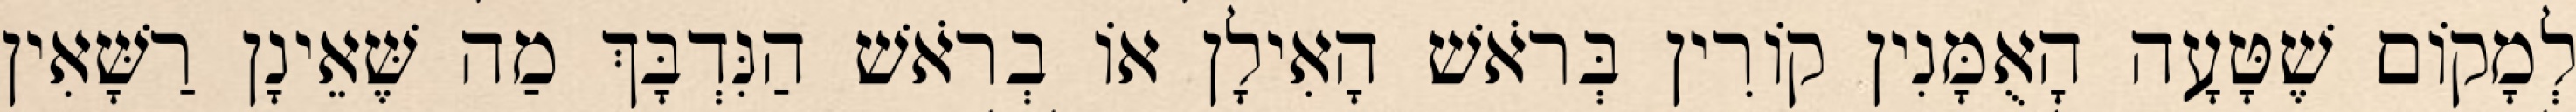
לְמָקוֹם שֶׁטָּעָה הָאֻמָּנִין קוֹרִין בְּרֹאשׁ הָאִילָן אוֹ בְרֹאשׁ הַנִּדְבָּךְ מַה שֶּׁאֵינָן רַשָּׁאִין